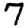
Digit: 7